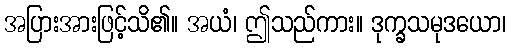
အပြားအားဖြင့်သိ၏။ အယံ၊ ဤသည်ကား။ ဒုက္ခသမုဒယော၊